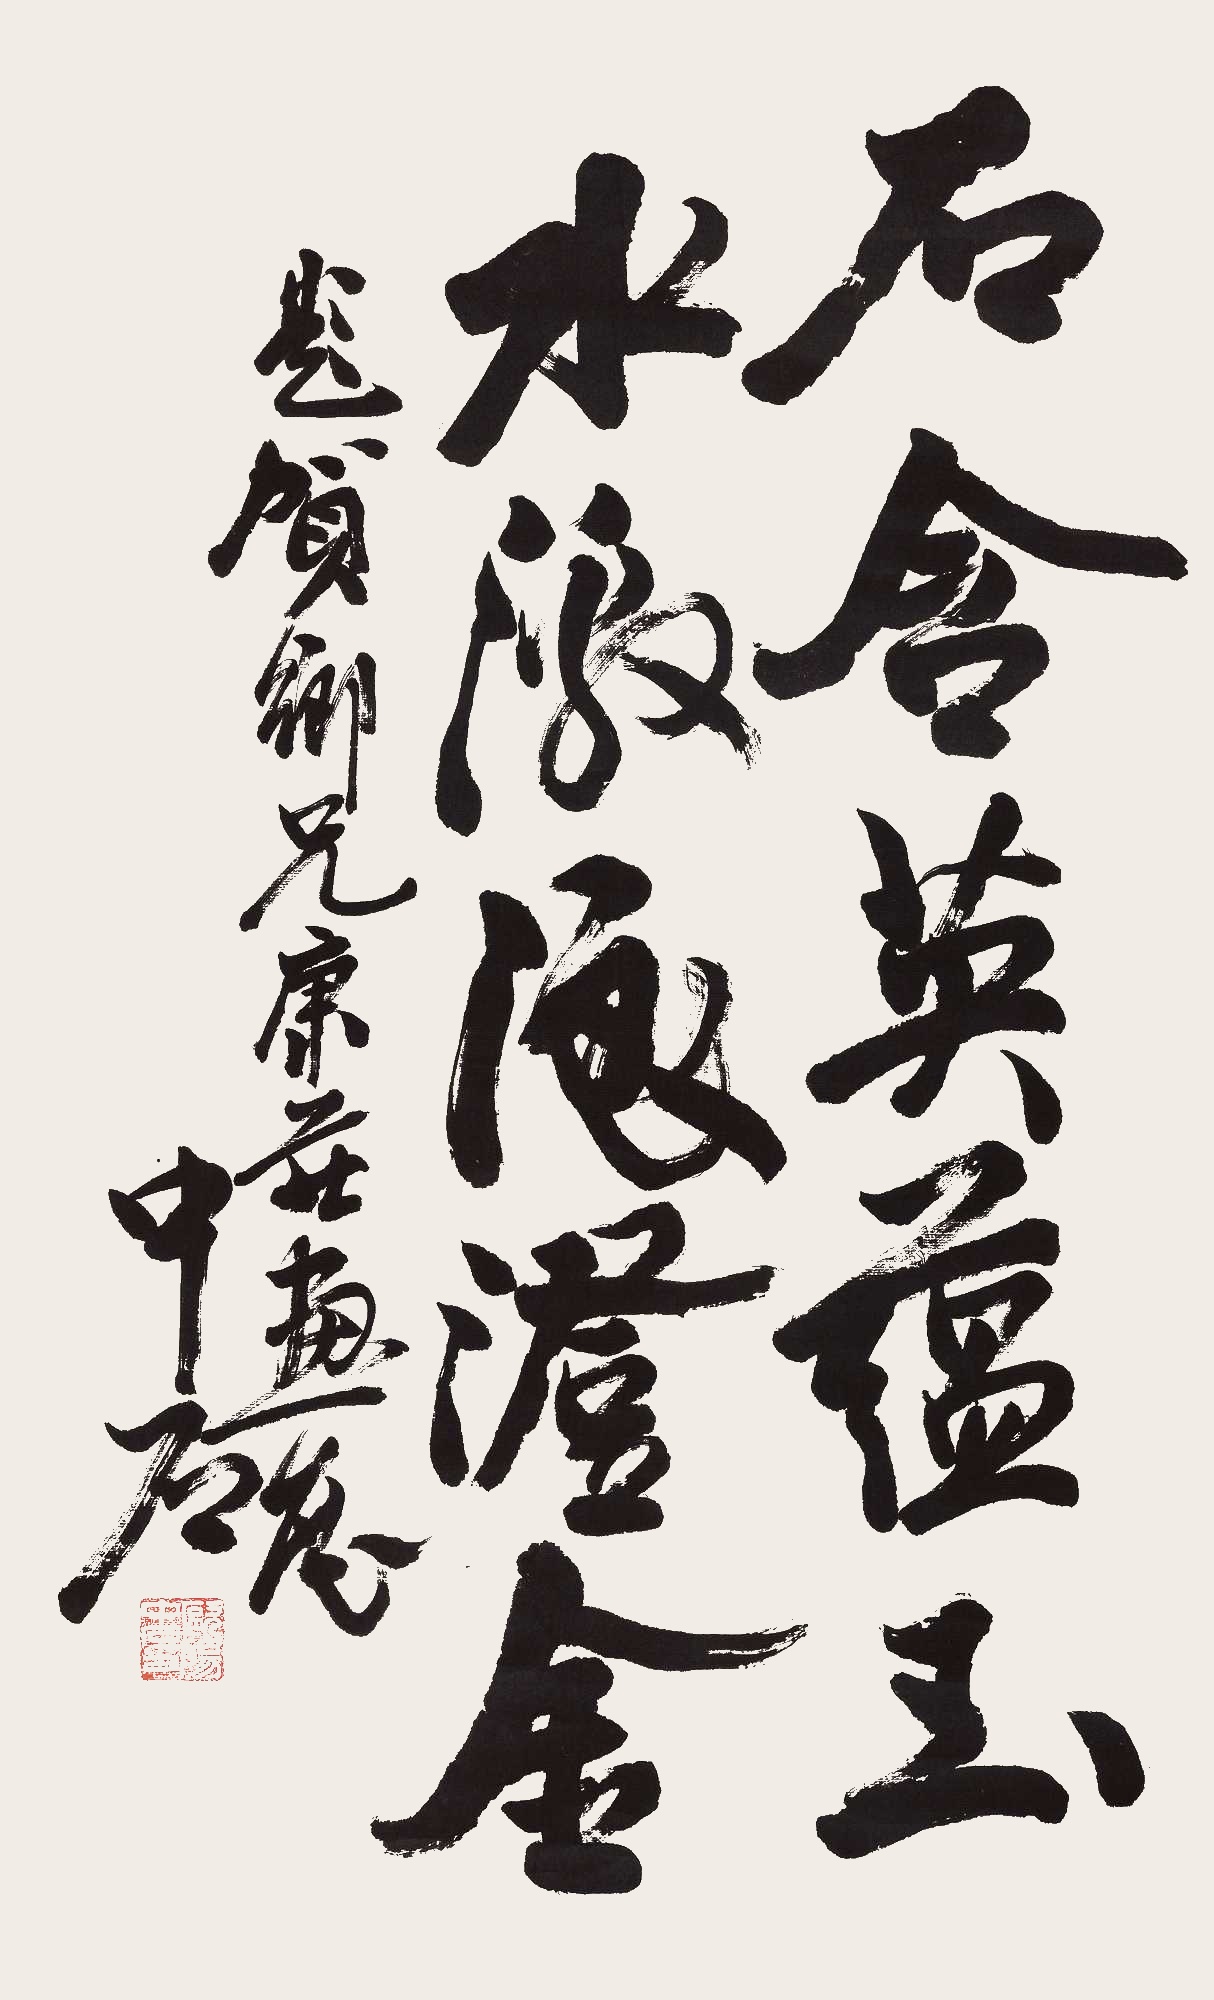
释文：石含英蕴玉，水激浪澄金。题贺乡兄康庄画展，中石。